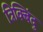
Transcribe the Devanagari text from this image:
त्रिक्बिंदु